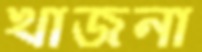
খাজনা